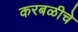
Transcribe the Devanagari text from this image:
करबळीचे